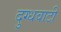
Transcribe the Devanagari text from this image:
दुग्धवाटी